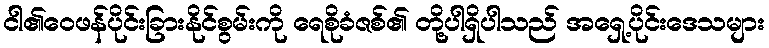
ငါ၏ဝေဖန်ပိုင်းခြားနိုင်စွမ်းကို ရေစိုခံဇစ်၏ တို့ပါရှိပါသည် အရှေ့ပိုင်းဒေသများ